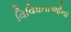
વિવિધતાઓના